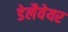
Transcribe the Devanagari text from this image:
डेलैवेयर